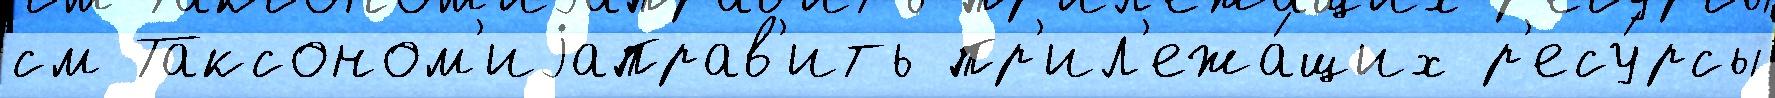
см Таксоном'иjаправ'ить пр'ил'ежа́щих р'есу́рсы